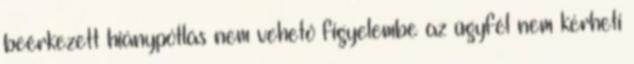
beérkezett hiánypótlás nem vehető figyelembe az ügyfél nem kérheti